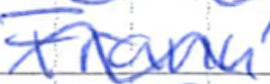
Text: Frank
Cross-out: wave
Writing tool: ballpoint